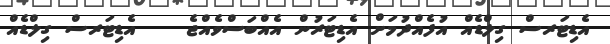
އެޑިޓަރސް ގިލްޑެއް އުފެއްދުމަށް އެޑިޓަރުން އެއްބަސްވެއްޖެ    އެޑިޓަރސް ގިލްޑެއް